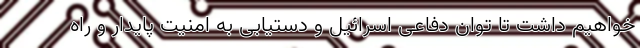
خواهیم داشت تا توان دفاعی اسرائیل و دستیابی به امنیت پایدار و راه